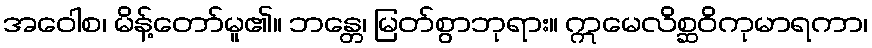
အဝေါစ၊ မိန့်တော်မူ၏။ ဘန္တေ၊ မြတ်စွာဘုရား။ ဣမေလိစ္ဆဝိကုမာရကာ၊